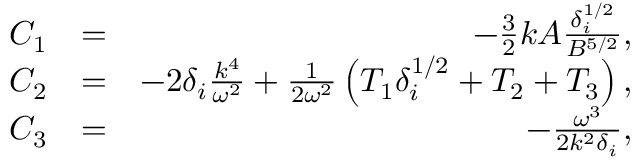
\begin{array} { r l r } { C _ { 1 } } & { = } & { - \frac { 3 } { 2 } k A \frac { \delta _ { i } ^ { 1 / 2 } } { B ^ { 5 / 2 } } , } \\ { C _ { 2 } } & { = } & { - 2 \delta _ { i } \frac { k ^ { 4 } } { \omega ^ { 2 } } + \frac { 1 } { 2 \omega ^ { 2 } } \left( T _ { 1 } \delta _ { i } ^ { 1 / 2 } + T _ { 2 } + T _ { 3 } \right) , } \\ { C _ { 3 } } & { = } & { - \frac { \omega ^ { 3 } } { 2 k ^ { 2 } \delta _ { i } } , } \end{array}